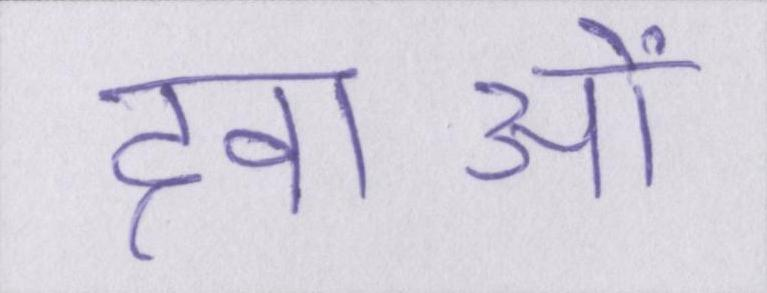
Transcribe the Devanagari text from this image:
दवाओं